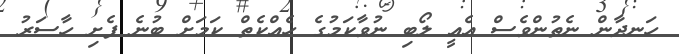
ހަނދާން ނެތުންވެސް އެއީ ލޯބި ނުވާކަމުގެ ހެއްކެތް ކަމަށް ބުނެ ފެށި ހާސަރު